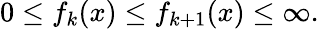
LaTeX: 0\leq f_{k}(x)\leq f_{k+1}(x)\leq\infty.